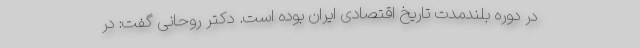
در دوره بلندمدت تاریخ اقتصادی ایران بوده است. دکتر روحانی گفت: در